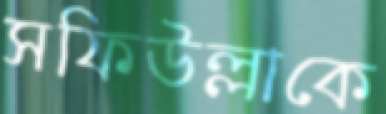
সফিউল্লাকে